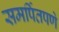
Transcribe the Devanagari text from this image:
समर्पितपणे